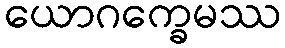
ယောဂက္ခေမဿ